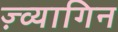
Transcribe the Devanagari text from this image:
ज़्व्यागिन